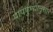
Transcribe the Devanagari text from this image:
पापपुण्यानुसार